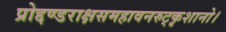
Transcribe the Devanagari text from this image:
प्रोद्दण्डराक्षसमहावनरुट्कृशानो।